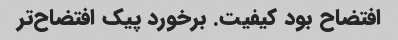
افتضاح بود کیفیت. برخورد پیک افتضاح‌تر